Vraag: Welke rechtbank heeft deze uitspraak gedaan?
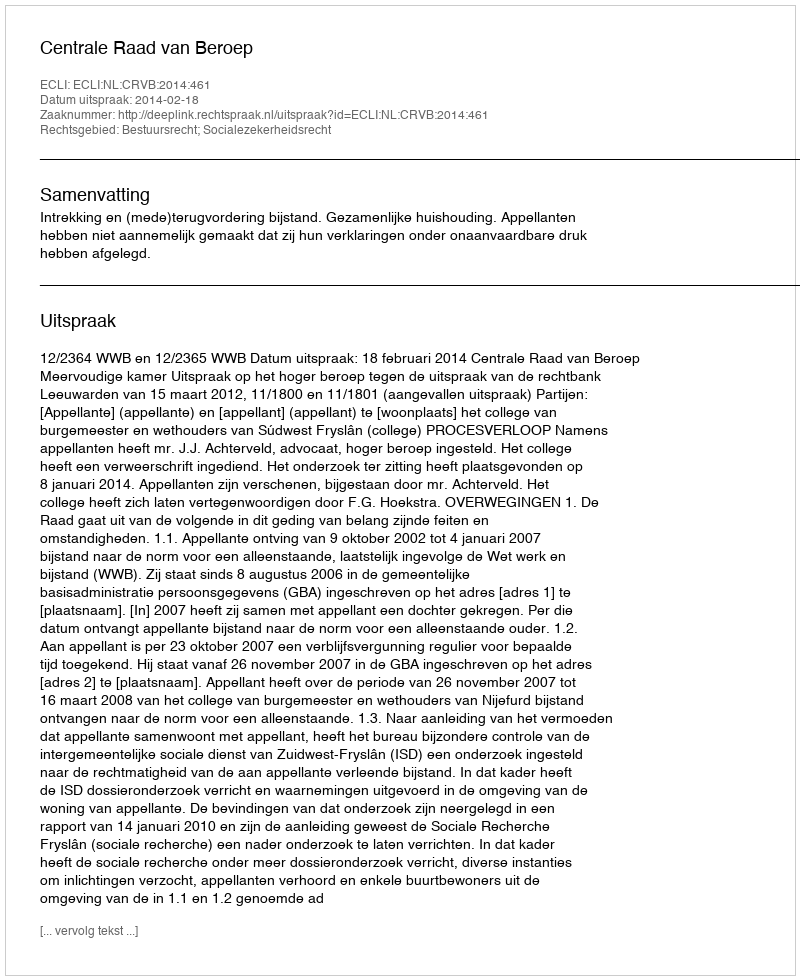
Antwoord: Centrale Raad van Beroep